system: You are a helpful assistant.
user:
Analyze the provided spectrum to determine if it is a **S-type Star**.

- **Key Indicators for S-type Star:**

    - **(Overall Spectrum Shape):** The first and most obvious characteristic is the overall continuum (the "baseline" shape). It is **extremely "red-sloping,"** meaning the flux (light intensity) is very low on the left side (blue, ~4000-4500 Å) and rises steeply and continuously toward the right side (red, ~7000 Å+).

    - **(Primary):** The spectrum is defined by the presence of strong, broad molecular absorption "valleys" (bands) from **Zirconium Oxide (ZrO)**. The identification of these bands is the **primary requirement** for classifying a star as S-type.
        - **(Key Bandheads):** You must find distinct, deep "dips" where the light has been absorbed. The most critical band systems to locate are:
            - **~6474 Å** ($\gamma$-system): This is often the strongest and clearest ZrO feature, found in the red part of the spectrum.
            - **~5718 Å** & **~5551 Å** ($\beta$-system): A pair of prominent absorption features in the yellow-orange part of the spectrum.
            - **~4640 Å** ($\alpha$-system): A key absorption band system in the blue-green region of the spectrum.

    - **(Secondary Confirmation):** The classification is strengthened by finding additional absorption bands from other related heavy element oxides, which are expected to be present alongside ZrO.
        - **(Key Bandheads):**
            - **Yttrium Oxide (YO):** Look for absorption dips near **~4800 Å** and **~6100 Å**.
            - **Lanthanum Oxide (LaO):** Additional absorption features, particularly in the red-orange part of the spectrum, are also characteristic.

    - **(Line Profile):** The combination of the steep red continuum and these numerous, deep molecular bands (ZrO, YO, etc.) gives the entire spectrum a very **"chopped-up"** or **"bumpy"** appearance. Instead of a smooth curve, the spectrum looks as though large, wide chunks of light have been "carved out" of it at the specific wavelengths listed above.

Think first, call **spectral_visualization_tool** if needed to examine features in detail, then provide your final answer. Your response must adhere to the following strict rules:
1.  **Overall Structure:** Your response must follow the format `<think>...</think> <tool_call>...</tool_call> (if a tool is used) <answer>...</answer>`.
2.  **Tool Usage Constraint:** You may only make **one** tool call per turn.
3.  **Final Answer Format:** In the `<answer>` tag, your conclusion must be inside a `\boxed{}` command (e.g., `\boxed{YES}` or `\boxed{NO}`), followed by your justification.

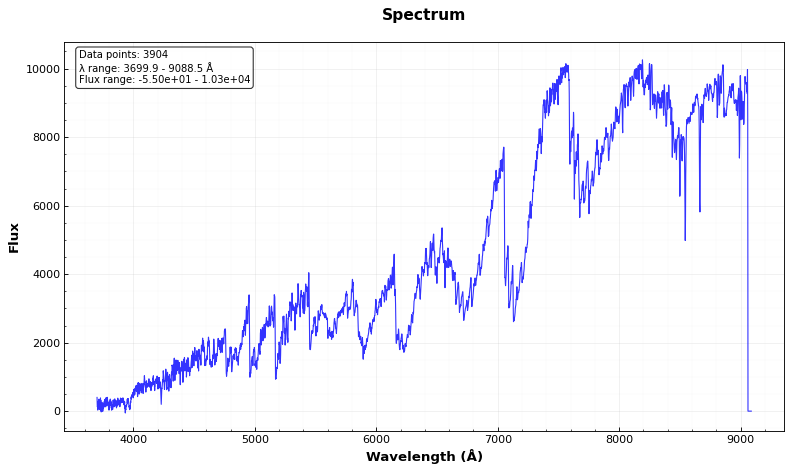
Answer: NO